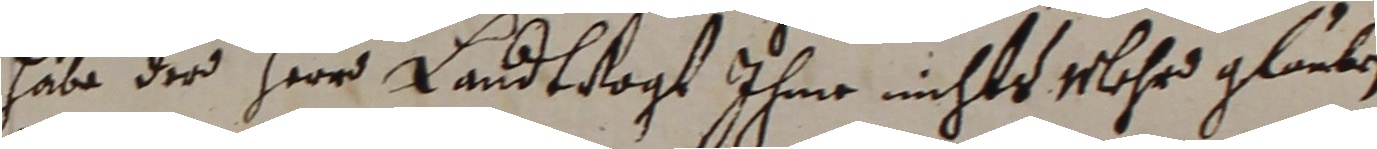
habe der herr landtvogt ihme nichts glehr glauben